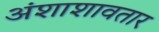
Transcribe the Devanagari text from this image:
अंशाशावतार